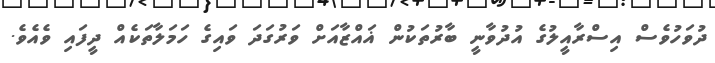
ދުވަހުވެސް އިސްރާއީލުގެ އުދުވާނީ ބާރުތަކުން ޣައްޒާއަށް ވަރުގަދަ ވައިގެ ހަމަލާތަކެއް ދީފައި ވެއެވެ.